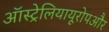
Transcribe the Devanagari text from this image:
ऑस्ट्रेलियायूरोपऔर